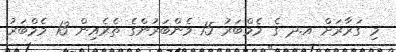
މި ގަރާރަށް އ.ދ ގެ މެމްބަރު 15 މެންބަރުންގެ ތެރެއިން 13 މެމްބަރު